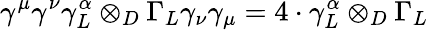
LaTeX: \gamma^{\mu}\gamma^{\nu}\gamma_{L}^{\alpha}\otimes_{D}\Gamma_{L}\gamma_{\nu}\gamma_{\mu}=4\cdot\gamma_{L}^{\alpha}\otimes_{D}\Gamma_{L}